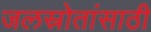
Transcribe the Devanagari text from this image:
जलस्रोतांसाठी